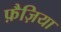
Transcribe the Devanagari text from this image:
फ़ैज़िया